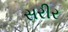
સરીર